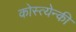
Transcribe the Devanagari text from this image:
कोस्त्येन्की